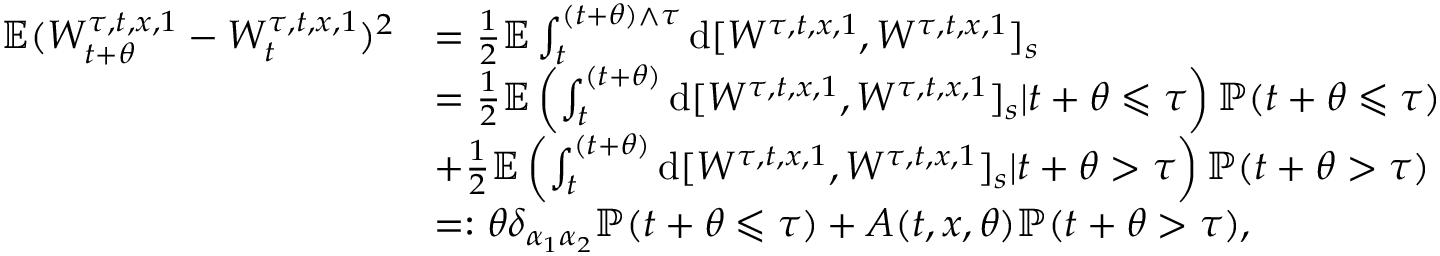
\begin{array} { r l } { \mathbb { E } ( W _ { t + \theta } ^ { \tau , t , x , 1 } - W _ { t } ^ { \tau , t , x , 1 } ) ^ { 2 } } & { = \frac { 1 } { 2 } \mathbb { E } \int _ { t } ^ { ( t + \theta ) \wedge \tau } \mathrm { d } [ W ^ { \tau , t , x , 1 } , W ^ { \tau , t , x , 1 } ] _ { s } } \\ & { = \frac { 1 } { 2 } \mathbb { E } \left( \int _ { t } ^ { ( t + \theta ) } \mathrm { d } [ W ^ { \tau , t , x , 1 } , W ^ { \tau , t , x , 1 } ] _ { s } | t + \theta \leqslant \tau \right) \mathbb { P } ( t + \theta \leqslant \tau ) } \\ & { + \frac { 1 } { 2 } \mathbb { E } \left( \int _ { t } ^ { ( t + \theta ) } \mathrm { d } [ W ^ { \tau , t , x , 1 } , W ^ { \tau , t , x , 1 } ] _ { s } | t + \theta > \tau \right) \mathbb { P } ( t + \theta > \tau ) } \\ & { = : \theta \delta _ { \alpha _ { 1 } \alpha _ { 2 } } \mathbb { P } ( t + \theta \leqslant \tau ) + A ( t , x , \theta ) \mathbb { P } ( t + \theta > \tau ) , } \end{array}